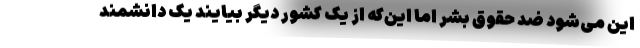
این می‌شود ضد حقوق بشر اما این‌که از یک کشور دیگر بیایند یک دانشمند